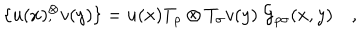
LaTeX: \{ u ( x ) { } _ { , } ^ { \otimes } v ( y ) \} = u ( x ) T _ { \rho } \otimes T _ { \sigma } v ( y ) \; { \cal G } _ { \rho \sigma } ( x , y ) \quad ,